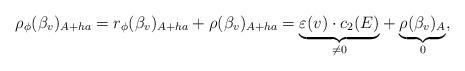
LaTeX: \begin{gather*}\rho_{\phi}(\beta_v)_{A+ha} = r_{\phi}(\beta_v)_{A+ha} +\rho (\beta_v)_{A+ha} = \underset{\neq0}{\underbrace{\varepsilon (v) \cdot c_{2}(E)}} + \underset{0}{\underbrace{\rho(\beta_v)_{A}}},\end{gather*}